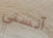
آنستي